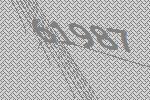
61987